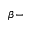
\beta -